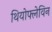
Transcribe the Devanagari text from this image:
थियोफ्लेविन